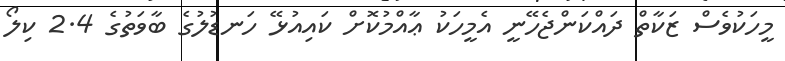
މީހަކުވެސް ޒަކާތް ދައްކަންޖެހޭނީ އެމީހަކު ޢާއްމުކޮށް ކައިއުޅޭ ހަނޑުލުގެ ބާވަތުގެ 2.4 ކިލޯ